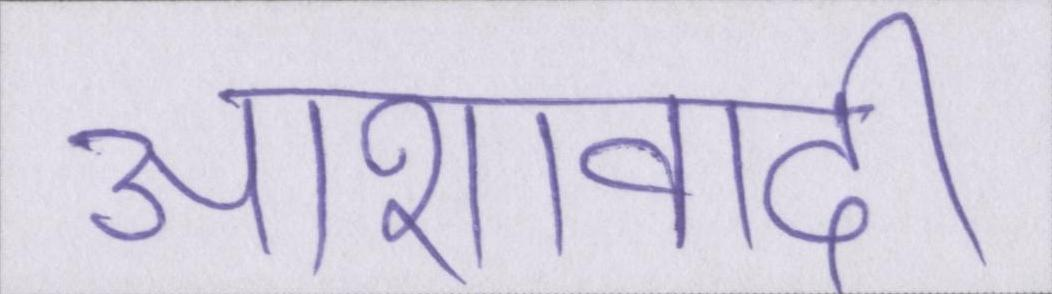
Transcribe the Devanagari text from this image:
आशावादी